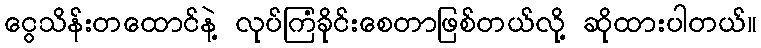
ငွေသိန်းတထောင်နဲ့ လုပ်ကြံခိုင်းစေတာဖြစ်တယ်လို့ ဆိုထားပါတယ်။